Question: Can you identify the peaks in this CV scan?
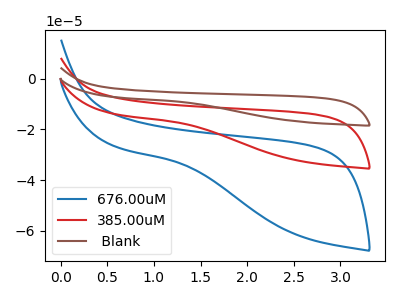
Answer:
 <answer>The blue curve "676.00uM" has no peaks. The red curve "385.00uM" has no peaks. The brown curve " Blank" has no peaks.</answer>
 <eval></eval>